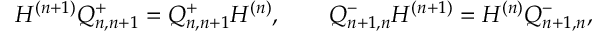
H ^ { ( n + 1 ) } Q _ { n , n + 1 } ^ { + } = Q _ { n , n + 1 } ^ { + } H ^ { ( n ) } , \qquad Q _ { n + 1 , n } ^ { - } H ^ { ( n + 1 ) } = H ^ { ( n ) } Q _ { n + 1 , n } ^ { - } ,